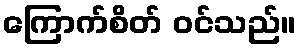
ကြောက်စိတ် ဝင်သည်။